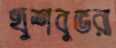
খুশবুভরা